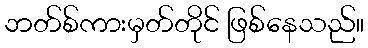
ဘတ်စ်ကားမှတ်တိုင် ဖြစ်နေသည်။